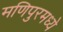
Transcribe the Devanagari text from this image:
मणिपुरमध्ये